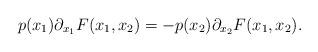
LaTeX: \begin{align*}p(x_1)\partial_{x_1}F(x_1,x_2)=-p(x_2)\partial_{x_2}F(x_1,x_2).\end{align*}